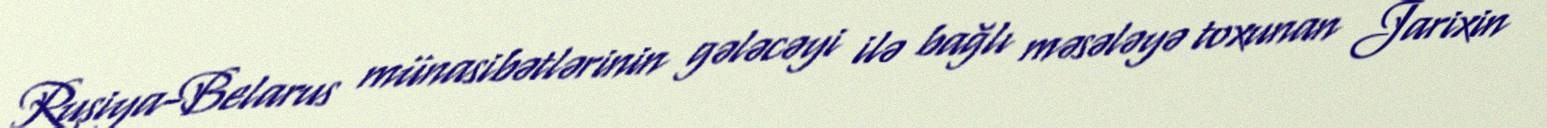
Rusiya-Belarus münasibətlərinin gələcəyi ilə bağlı məsələyə toxunan Jarixin